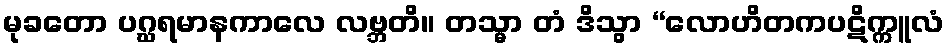
မုခတော ပဂ္ဃရမာနကာလေ လဗ္ဘတိ။ တသ္မာ တံ ဒိသွာ “လောဟိတကပဋိက္ကူလံ